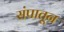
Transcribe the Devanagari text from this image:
संपातून